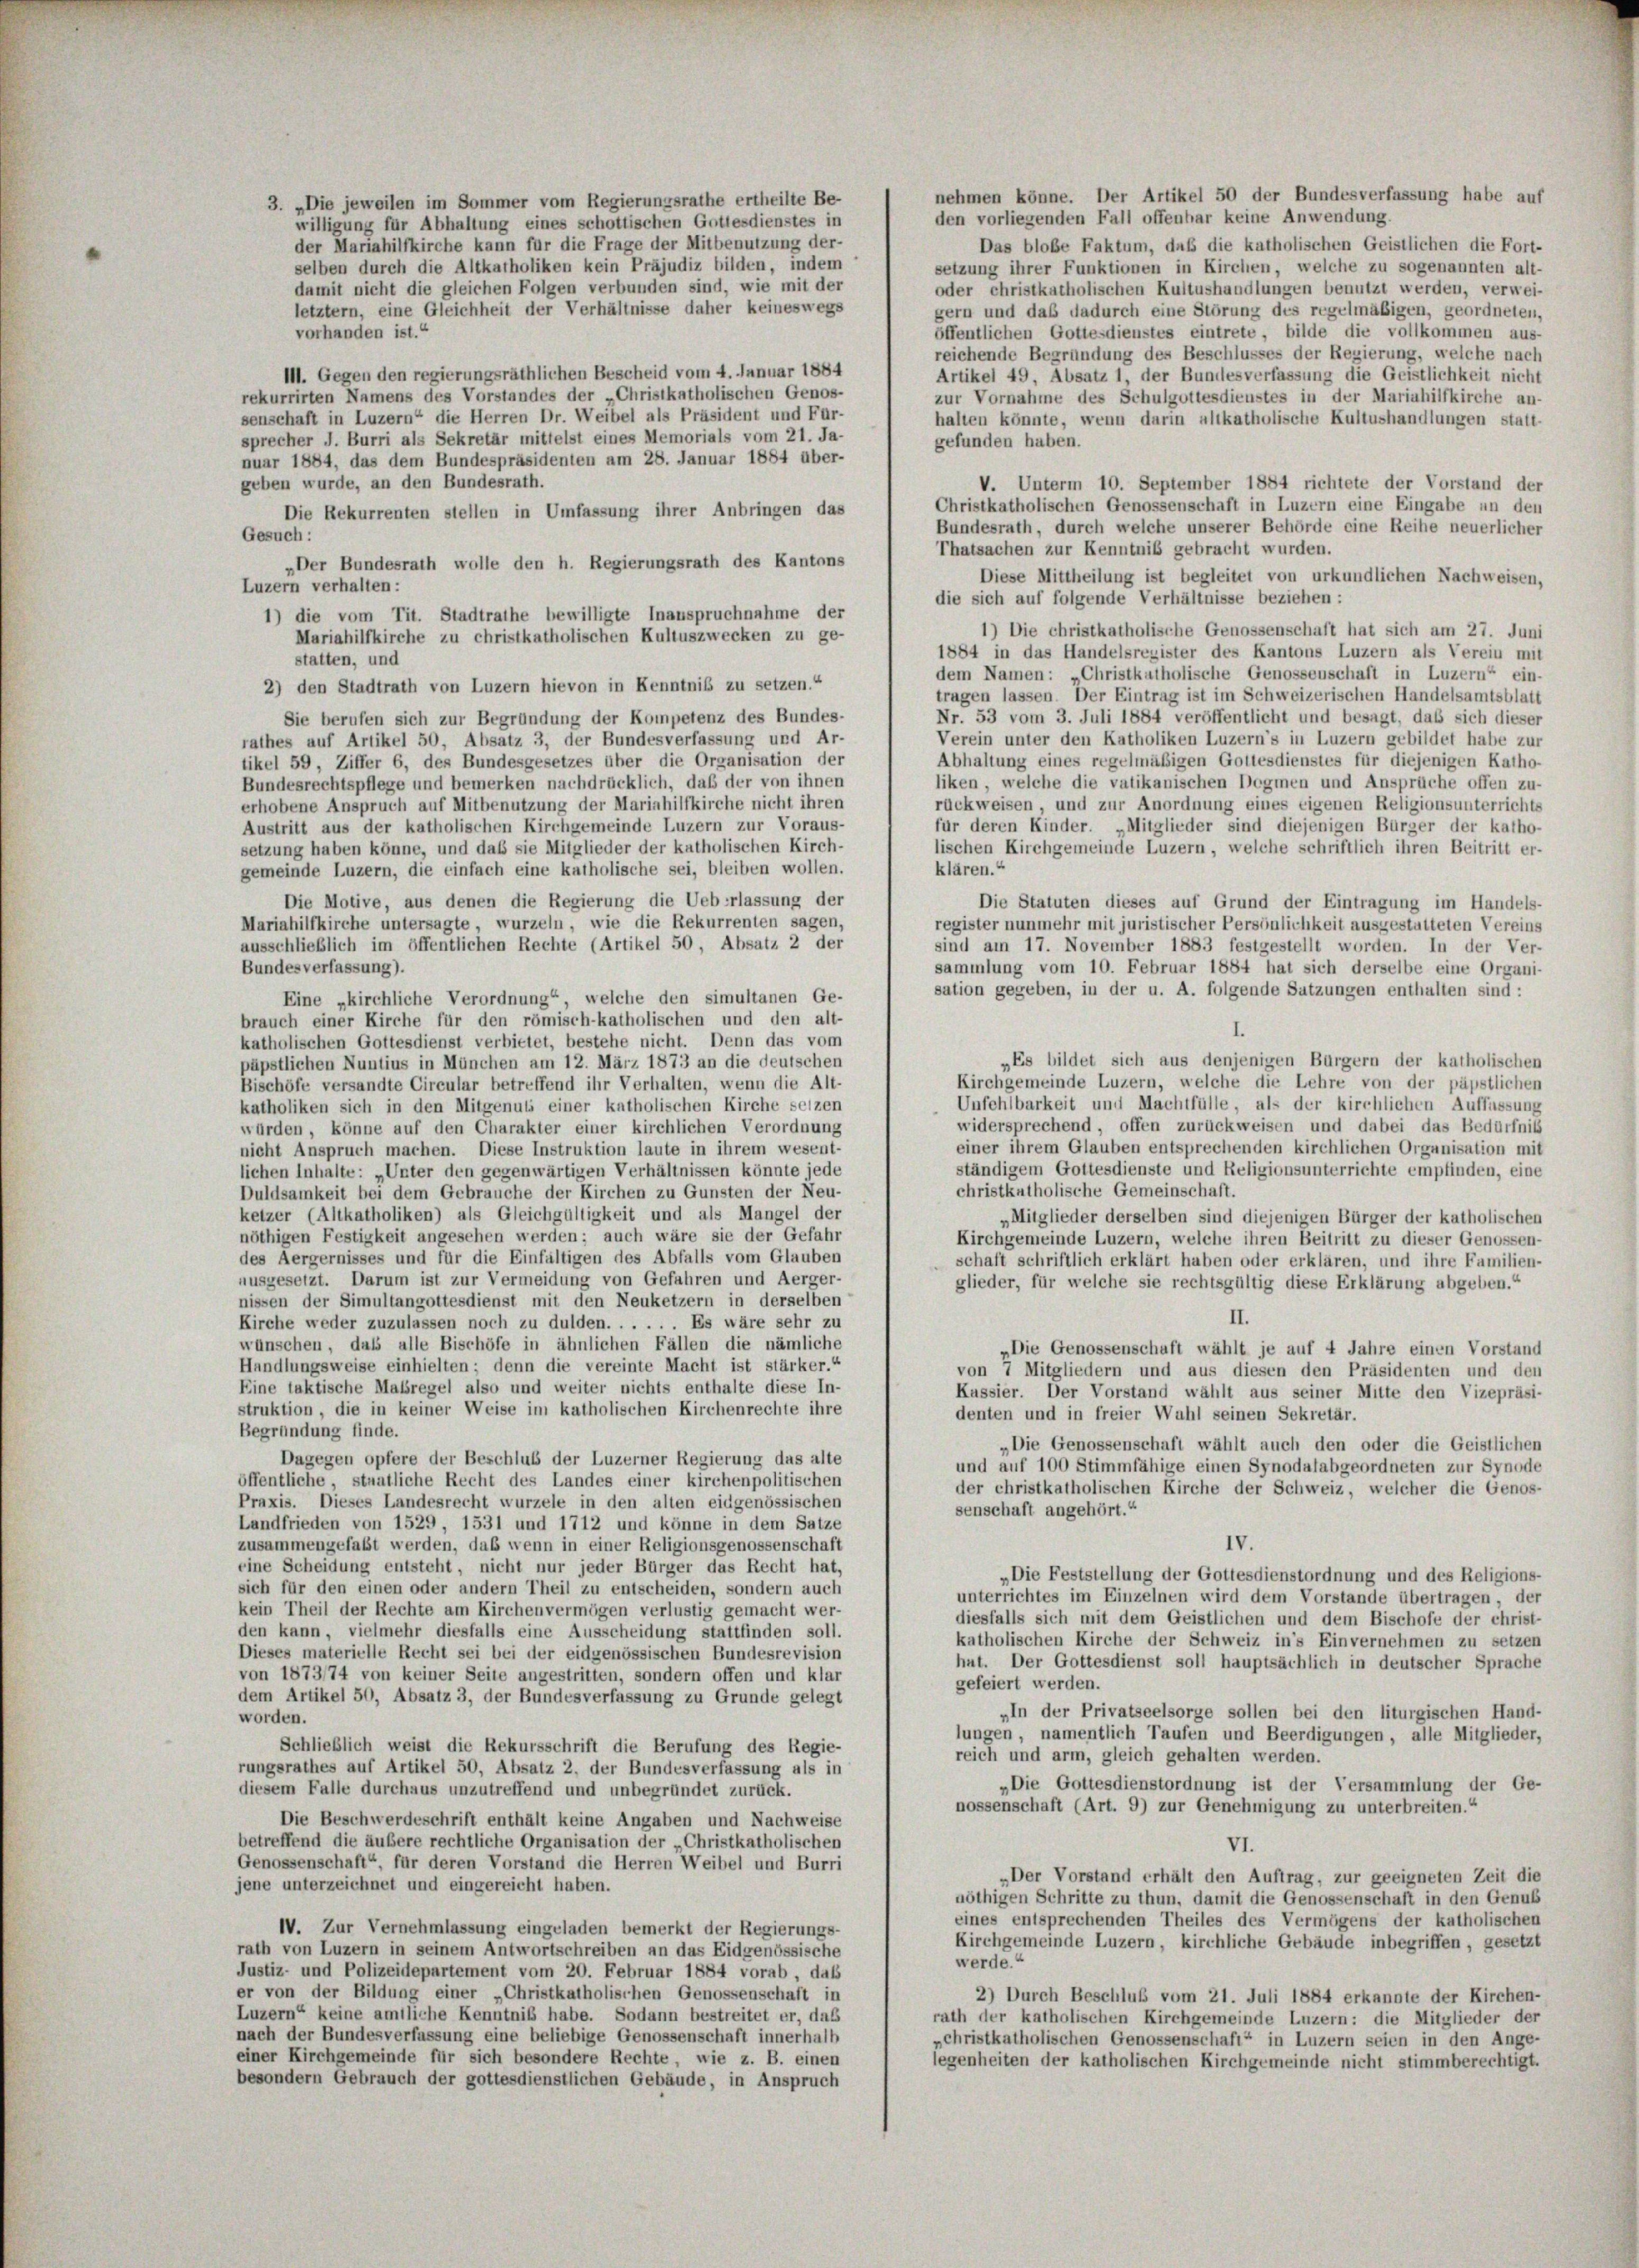
nehmen könne. Der Artikel 50 der Bundesverfassung habe auf
3. „Die jeweilen im Sommer vom Regierungsrathe ertheilte Be-
den vorliegenden Fall offenbar keine Anwendung.
willigung für Abhaltung eines schottischen Gottesdienstes in
der Mariahilfkirche kann für die Frage der Mitbenutzung der-
Das blobe Faktum, daß die katholischen Geistlichen die Fort-
selben durch die Altkatholiken kein Präjudiz bilden, indem
setzung ihrer Funktionen in Kirchen, welche zu sogenannten alt-
damit nicht die gleichen Folgen verbunden sind, wie mit der
oder christkatholischen Kultushandlungen benutzt werden, verwei-
letztem, eine Gleichheit der Verhältnisse daher keineswegs
gern und das dadurch eine Störung des regelmäßigen, geordneten,
öffentlichen Gottesdienstes eintrete, bilde die vollkommen aus-
vorhanden ist.“
reichende Begründung des Beschlusses der Regierung, welche nach
III. Gegen den regierungsräthlichen Bescheid vom 4. Januar 1884
Artikel 49, Absatz 1, der Bundesverfassung die Geistlichkeit nicht
rekurrirten Namens des Vorstandes der „Christkatholischen Genos-
zur Vornahme des Schulgottesdienstes in der Mariahilfkirche an-
senschaft in Luzern“ die Herren Dr. Weibel als Präsident und Für-
halten könnte, wenn darin altkatholische Kultushandlungen statt-
sprecher J. Burri als Sekretär mittelst eines Memorials vom 21. Ja-
gefunden haben.
nuar 1884, das dem Bundespräsidenten am 28. Januar 1884 über-
geben wurde, an den Bundesrath.
V. Unterm 10. September 1884 richtete der Vorstand der
Christkatholischen Genossenschaft in Luzern eine Eingabe un den
Die Rekurrenten stellen in Umfassung ihrer Anbringen das
Bundesrath, durch welche unserer Behörde eine Reihe neuerlicher
Gesuch:
Thatsachen zur Kenntniß gebracht wurden.
„Der Bundesrath wolle den h. Regierungsrath des Kantons
Diese Mittheilung ist begleitet von urkundlichen Nachweisen,
Luzern verhalten:
die sich auf folgende Verhältnisse beziehen:
1) die vom Tit. Stadtrathe bewilligte Inanspruchnahme der
1) Die christkatholische Genossenschaft hat sich am 27. Juni
Mariahilfkirche zu christkatholischen Kultuszwecken zu ge-
1884 in das Handelsregister des Kantons Luzern als Verein mit
statten, und
dem Namen: „Christkatholische Genossenschaft in Luzern“ ein-
2) den Stadtrath von Luzern hievon in Kenntniß zu setzen.“
tragen lassen. Der Eintrag ist im Schweizerischen Handelsamtsblatt
Nr. 53 vom 3. Juli 1884 veröffentlicht und besagt, das sich dieser
Sie berufen sich zur Begründung der Kompetenz des Bundes-
Verein unter den Katholiken Luzern’s in Luzern gebildet habe zur
rathes auf Artikel 50, Absatz 3, der Bundesverfassung und Ar-
Abhaltung eines regelmäßigen Gottesdienstes für diejenigen Katho-
tikel 59, Ziffer 6, des Bundesgesetzes über die Organisation der
liken, welche die vatikanischen Dogmen und Ansprüche offen zu-
Bundesrechtspflege und bemerken nachdrücklich, daß der von ihnen
rückweisen, und zur Anordnung eines eigenen Religionsunterrichts
erhobene Anspruch auf Mitbenutzung der Mariahilfkirche nicht ihren
für deren Kinder. „Mitglieder sind diejenigen Bürger der katho-
Austritt aus der katholischen Kirchgemeinde Luzern zur Voraus-
setzung haben könne, und daß sie Mitglieder der katholischen Kirch-
lischen Kirchgemeinde Luzern, welche schriftlich ihren Beitritt er-
klären.“
gemeinde Luzern, die einfach eine katholische sei, bleiben wollen.
Die Motive, aus denen die Regierung die Ueberlassung der
Mariahilfkirche untersagte wurzeln, wie die Rekurrenten sagen,
ausschließlich im öffentlichen Rechte (Artikel 50, Absatz 2 der
Bundesverfassung).
sation gegeben, in der u. A. folgende Satzungen enthalten sind:
Eine „kirchliche Verordnung“, welche den simultanen Ge-
brauch einer Kirche für den römisch-katholischen und den alt-
katholischen Gottesdienst verbietet, bestehe nicht. Denn das vom
„Es bildet sich aus denjenigen Bürgern der katholischen
äpstlichen Nuntius in München am 12. März 1873 an die deutschen
Kirchgemeinde Luzern, welche die Lehre von der päpstlichen
Bischöfe versandte Circular betreffend ihr Verhalten, wenn die Alt-
Unfehlbarkeit und Machtfülle, als der kirchlichen Auffassung
katholiken sich in den Mitgenuss einer katholischen Kirche seizen
widersprechend, offen zurückweisen und dabei das Bedürfniß
würden, könne auf den Charakter einer kirchlichen Verordnung
einer ihrem Glauben entsprechenden kirchlichen Organisation mit
nicht Anspruch machen. Diese Instruktion laute in ihrem wesent-
ständigem Gottesdienste und Religionsunterrichte empfinden, eine
lichen Inhalte: „Unter den gegenwärtigen Verhältnissen könnte jede
christkatholische Gemeinschaft.
Duldsamkeit bei dem Gebrauche der Kirchen zu Gunsten der Neu-
ketzer (Altkatholiken) als Gleichgültigkeit und als Mangel der
Mitglieder derselben sind diejenigen Bürger der katholischen
nöthigen Festigkeit angesehen werden; auch wäre sie der Gefahr
Kirchgemeinde Luzern, welche ihren Beitritt zu dieser Genossen-
des Aergernisses und für die Einfältigen des Abfalls vom Glauben
schaft schriftlich erklärt haben oder erklären, und ihre Familien-
ausgesetzt. Darum ist zur Vermeidung von Gefahren und Aerger-
glieder, für welche sie rechtsgültig diese Erklärung abgeben.“
nissen der Simultangottesdienst mit den Neuketzern in derselben
II.
Kirche weder zuzulassen noch zu dulden. . . . . . Es wäre sehr zu
wünschen, dass alle Bischöfe in ähnlichen Fällen die nämliche
„Die Genossenschaft wählt je auf 4 Jahre einen Vorstand
Handlungsweise einhielten; denn die vereinte Macht ist stärker.“
von 7 Mitgliedern und aus diesen den Präsidenten und den
Eine taktische Massregel also und weiter nichts enthalte diese In-
Kussier. Der Vorstand wählt aus seiner Mitte den Vizepräsi-
struktion, die in keiner Weise im katholischen Kirchenrechte ihre
denten und in freier Wahl seinen Sekretär.
Begründung finde.
„Die Genossenschaft wählt auch den oder die Geistlichen
Dagegen opfere der Beschluß der Luzerner Regierung das alte
und auf 100 Stimmfähige einen Synodalabgeordneten zur Synode
öffentliche, staatliche Recht des Landes einer kirchenpolitischen
der christkatholischen Kirche der Schweiz, welcher die Genos-
Praxis. Dieses Landesrecht wurzele in den alten eidgenössischen
senschaft angehört.“
Landfrieden von 1529, 1531 und 1712 und könne in dem Satze
zusammengefalt werden, daß wenn in einer Religionsgenossenschaft
IV.
eine Scheidung entsteht, nicht nur jeder Bürger das Recht hat,
„Die Feststellung der Gottesdienstordnung und des Religions-
sich für den einen oder andern Theil zu entscheiden, sondern auch
unterrichtes im Einzelnen wird dem Vorstände übertragen, der
kein Theil der Rechte am Kirchenvermögen verlustig gemacht wer-
diesfalls sich mit dem Geistlichen und dem Bischofe der christ-
den kann, vielmehr diesfalls eine Ausscheidung stattfinden soll.
katholischen Kirche der Schweiz in’s Einvernehmen zu setzen
Dieses materielle Recht sei bei der eidgenössischen Bundesrevision
hut. Der Gottesdienst soll hauptsächlich in deutscher Sprache
von 1873/74 von keiner Seite angestritten, sondern offen und klar
gefeiert werden.
dem Artikel 50, Absatz 3, der Bundesverfassung zu Grunde gelegt
„In der Privatseelsorge sollen bei den liturgischen Hand-
worden.
lungen, namentlich Taufen und Beerdigungen, alle Mitglieder,
Schließlich weist die Rekursschrift die Berufung des Regie-
reich und arm, gleich gehalten werden.
rungsrathes auf Artikel 50, Absatz 2., der Bundesverfassung als in
„Die Gottesdienstordnung ist der Versammlung der Ge-
diesem Falle durchaus unzutreffend und unbegründet zurück.
nossenschaft (Art. 9) zur Genehmigung zu unterbreiten.“
Die Beschwerdeschrift enthält keine Angaben und Nachweise
betreffend die äußere rechtliche Organisation der Christkatholischen
VI.
Genossenschaft“ für deren Vorstand die Herren Weibel und Burri
„Der Vorstand erhält den Auftrag, zur geeigneten Zeit die
jene unterzeichnet und eingereicht haben.
nöthigen Schritte zu thun, damit die Genossenschaft in den Genus
eines entsprechenden Theiles des Vermögens der katholischen
IV. Zur Vernehmlassung eingeladen bemerkt der Regierungs-
Kirchgemeinde Luzern, kirchliche Gebäude inbegriffen, gesetzt
rath von Luzern in seinem Antwortschreiben an das Eidgenössische
werde.“
Justiz- und Polizeidepartement vom 20. Februar 1884 vorab, dass
er von der Bildung einer „Christkatholischen Genossenschaft in
2) Durch Beschluß vom 21. Juli 1884 erkannte der Kirchen-
Luzern“ keine amtliche Kenntniß habe. Sodann bestreitet er, das
rath der katholischen Kirchgemeinde Luzern: die Mitglieder der
nach der Bundesverfassung eine beliebige Genossenschaft innerhalb
„christkatholischen Genossenschaft“ in Luzern seien in den Ange-
einer Kirchgemeinde für sich besondere Rechte, wie z. B. einen
legenheiten der katholischen Kirchgemeinde nicht stimmberechtigt.
besondern Gebrauch der gottesdienstlichen Gebäude, in Anspruch

Die Statuten dieses auf Grund der Eintragung im Handels-
register nunmehr mit juristischer Persönlichkeit ausgestatteten Vereins
sind am 17. November 1883 festgestellt worden. In der Ver-
sammlung vom 10. Februar 1884 hat sich derselbe eine Organi-